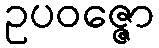
ဥပဝဇ္ဇော